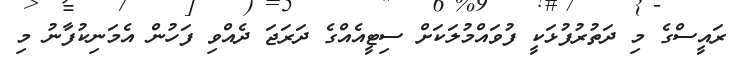
ރައީސްގެ މި ދަތުރުފުޅަކީ ފުވައްމުލަކަށް ސިޓީއެއްގެ ދަރަޖަ ދެއްވި ފަހުން އެމަނިކުފާނު މި